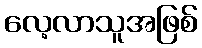
လေ့လာသူအဖြစ်